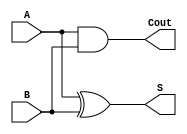
module half_adder(
    input A,  // Input bit A
    input B,  // Input bit B
    output S, // Sum output
    output Cout // Carry out
);

assign S = A ^ B;  // Sum is the XOR of A and B
assign Cout = A & B;  // Carry out is the AND of A and B

endmodule